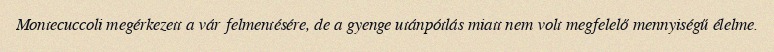
Montecuccoli megérkezett a vár felmentésére, de a gyenge utánpótlás miatt nem volt megfelelő mennyiségű élelme.